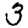
Digit: 3